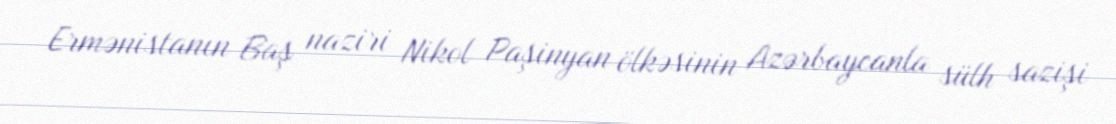
Ermənistanın Baş naziri Nikol Paşinyan ölkəsinin Azərbaycanla sülh sazişi